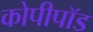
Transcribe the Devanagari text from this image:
कोपीपॉड